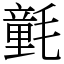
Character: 氃